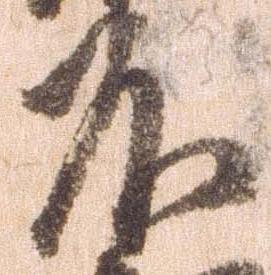
不